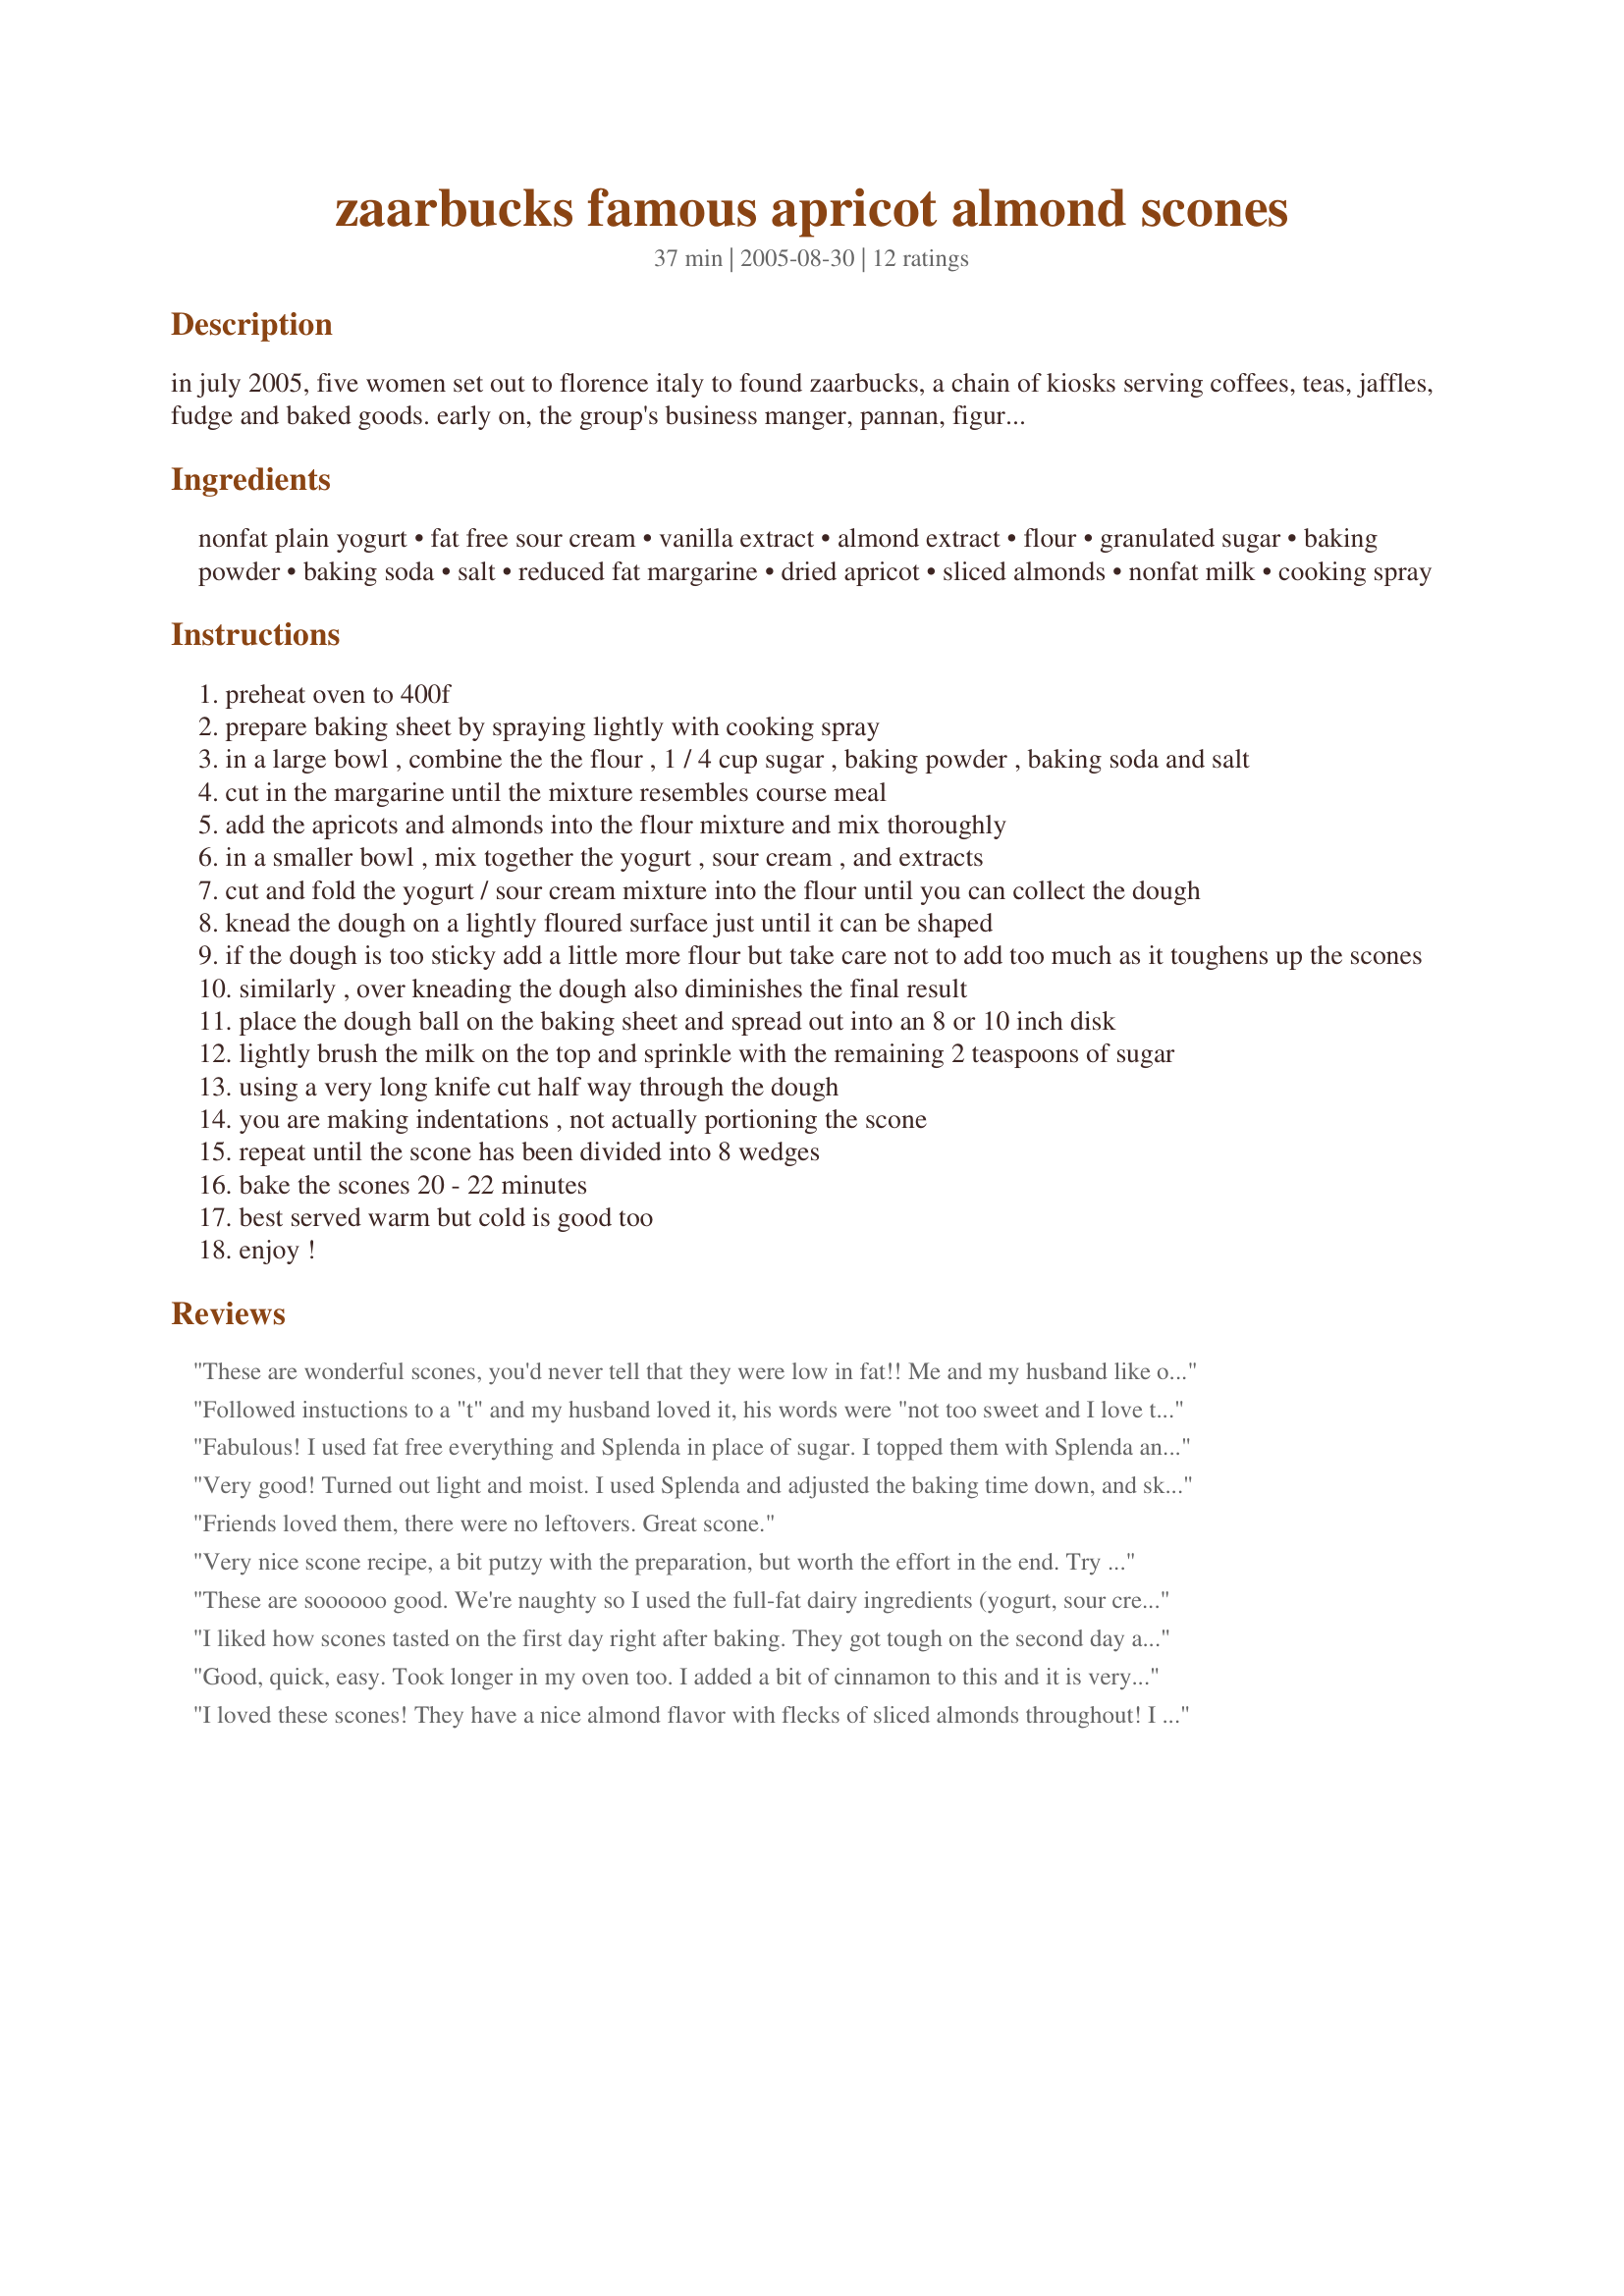
zaarbucks famous apricot almond scones
Preparation time: 37 minutes

in july 2005, five women set out to florence italy to found zaarbucks, a chain of kiosks serving coffees, teas, jaffles, fudge and baked goods. early on, the group's business manger, pannan, figured out that customers hooked on their fabulous baked goods would soon gain so much weight they would stop buying their daily muffins and scones. quickly bergy and derf began working on a new recipe for a deletable new scone that would be kind to the figure. having developed a basic recipe for light scones, they worked with madeleine m. to develop a range of flavor combinations that would rival none. apricot-almond was by far my favorite so today, one time only, i'm sharing the recipe with you. don't tell 'em where you got the recipe.

Ingredients:
nonfat plain yogurt, fat free sour cream, vanilla extract, almond extract, flour, granulated sugar, baking powder, baking soda, salt, reduced fat margarine, dried apricot, sliced almonds, nonfat milk, cooking spray

Steps:
preheat oven to 400f
prepare baking sheet by spraying lightly with cooking spray
in a large bowl , combine the the flour , 1 / 4 cup sugar , baking powder , baking soda and salt
cut in the margarine until the mixture resembles course meal
add the apricots and almonds into the flour mixture and mix thoroughly
in a smaller bowl , mix together the yogurt , sour cream , and extracts
cut and fold the yogurt / sour cream mixture into the flour until you can collect the dough
knead the dough on a lightly floured surface just until it can be shaped
if the dough is too sticky add a little more flour but take care not to add too much as it toughens up the scones
similarly , over kneading the dough also diminishes the final result
place the dough ball on the baking sheet and spread out into an 8 or 10 inch disk
lightly brush the milk on the top and sprinkle with the remaining 2 teaspoons of sugar
using a very long knife cut half way through the dough
you are making indentations , not actually portioning the scone
repeat until the scone has been divided into 8 wedges
bake the scones 20 - 22 minutes
best served warm but cold is good too
enjoy !

Reviews:
These are wonderful scones, you'd never tell that they were low in fat!! Me and my husband like our baked goods more on the plain side so we didn't add the almonds, the almond extract or the dried fruit and loved them!! They are GREAT plain, or add some butter or jam!! They are moist, and have just the right amount of sweetness!:)
Followed instuctions to a "t" and my husband loved it, his words were "not too sweet and I love the almond flavour" said that was the best bit. It was a light and tasty scone, took a little longer that 22 minutes but then my oven is well..... not the best, thanks for the recipe.
Fabulous! I used fat free everything and Splenda in place of sugar. I topped them with Splenda and cinnamon. I used pacans for the nuts (I'm out of almonds) and used Bakery Cookie and Cake flavoring for the almond extract. They are moist and tender and they rise beautifully. Mine took 25 mins to bake even with the use of Splenda. These are some of the best scones I have ever had and I loved every crumb of fat free goodness.
Very good! Turned out light and moist. I used Splenda and adjusted the baking time down, and skipped the sugar coating. I might double the apricots next time. Would also be good with dried cherries! Thanks, toni, for another winner!
Friends loved them, there were no leftovers. Great scone.
Very nice scone recipe, a bit putzy with the preparation, but worth the effort in the end. Try dried cranberries in place of the 'cots, too--every bit as delish! Or chocolate chips or nuts. Mmm-mmm-good! A *Zaar Star* recipe!
These are soooooo good. We're naughty so I used the full-fat dairy ingredients (yogurt, sour cream and butter), though I did use whole wheat pastry flour for the flour and sucanat instead of sugar. I completely forgot to do the milk wash and sugar, but they were still super-delicious. Probably the best scones I've ever had. I had one for a bedtime snack last night, one for breakfast and one for a midmorning snack today and I still want more! I used Turkish apricots which were wonderful in this-creamy, fruity and buttery. Great easy to follow instructions, too. A true keeper. Thank you so much, Toni!
I liked how scones tasted on the first day right after baking. They got tough on the second day and I could definetely tell that they were low fat. For me it was good way to use up some extra yogurt and dried apricots.I probably will not make it again.
Good, quick, easy. Took longer in my oven too. I added a bit of cinnamon to this and it is very good, I probably got in more apricots than the recipe asked for too...
I loved these scones! They have a nice almond flavor with flecks of sliced almonds throughout! I found that after a couple of days I could zap them for a few seconds in the micro and they were still delicious! Thanks for sharing Toni!
These were a lot of work for not "the best" scones I've ever had. But they were good!
SOOOO GOOD!!! I love these scones. I used full fat sour cream and butter in mine, and they were superb! I served them with creme fraich instead of clotted creme and the contrast was perfect! Thanks.
